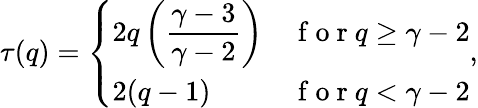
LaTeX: \tau(q)=\left\{ \begin{array}{ll}{2q\left(\displaystyle\frac{\gamma-3}{\gamma-2}\right)}&{\mathrm{~f~o~r~}q\ge\gamma-2}\\ {2(q-1)}&{\mathrm{~f~o~r~}q<\gamma-2}\end{array}\right.,